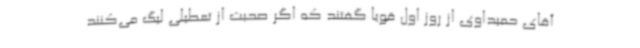
آقای حمیداوی از روز اول قویا گفتند که اگر صحبت از تعطیلی لیگ می‌کنند